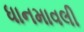
ધાનમાવલી